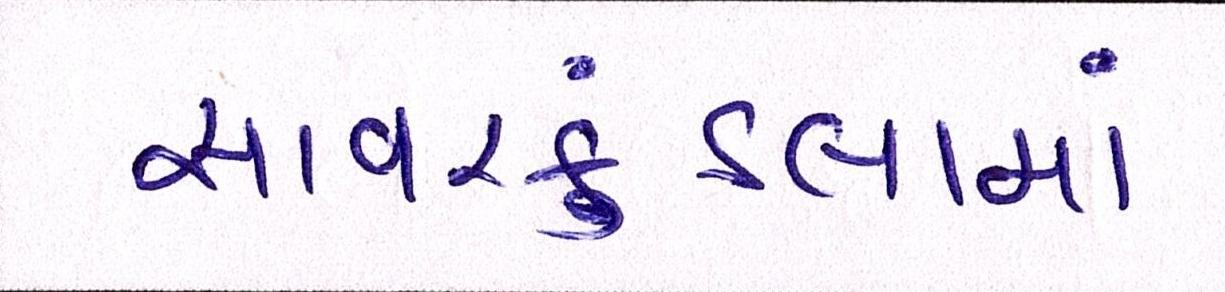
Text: સાવરકુંડલામાં